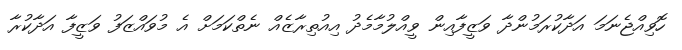
ހޮވިއްޖެނަމަ އަދާކުރަމުންދާ ވަޒީފާއިން ވީއްލުމާމެދު އިއުތިރާޒެއް ނެތްކަމަށް އެ މުވައްޒަފު ވަޒީފާ އަދާކުރާ